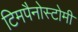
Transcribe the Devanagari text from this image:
टिमपैनोस्टोमी